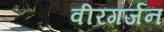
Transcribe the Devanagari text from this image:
वीरगर्जन